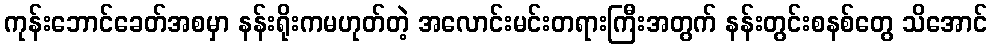
ကုန်းဘောင်ခေတ်အစမှာ နန်းရိုးကမဟုတ်တဲ့ အလောင်းမင်းတရားကြီးအတွက် နန်းတွင်းစနစ်တွေ သိအောင်